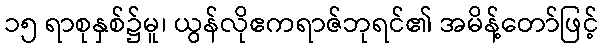
၁၅ ရာစုနှစ်၌မူ၊ ယွန်လိုဧကရာဇ်ဘုရင်၏ အမိန့်တော်ဖြင့်